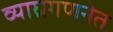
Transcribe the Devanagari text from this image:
व्याघ्रगणनेत